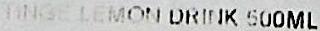
TINGE LEMON DRINK 500ML